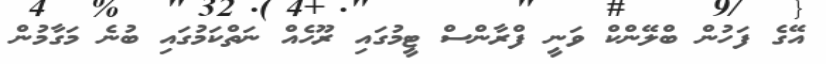
އޭގެ ފަހުން ބްލޭންކް ވަނީ ފްރާންސް ޓީމުގައި ރޫހެއް ނަތްކަމުގައި ބުނެ މަގާމުން